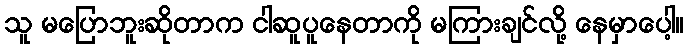
သူ မပြောဘူးဆိုတာက ငါဆူပူနေတာကို မကြားချင်လို့ နေမှာပေါ့။